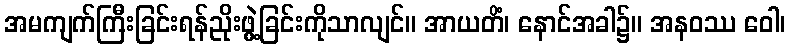
အမကျက်ကြီးခြင်းရန်ညိုးဖွဲ့ခြင်းကိုသာလျင်။ အာယတိံ၊ နောင်အခါ၌။ အနဝဿ ဝေါ၊